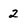
Character: 2